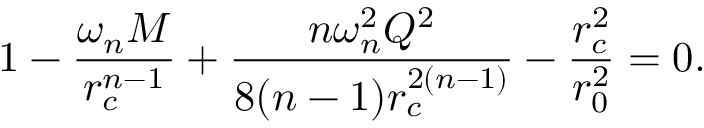
1 - \frac { \omega _ { n } M } { r _ { c } ^ { n - 1 } } + \frac { n \omega _ { n } ^ { 2 } Q ^ { 2 } } { 8 ( n - 1 ) r _ { c } ^ { 2 ( n - 1 ) } } - \frac { r _ { c } ^ { 2 } } { r _ { 0 } ^ { 2 } } = 0 .